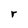
Character: r